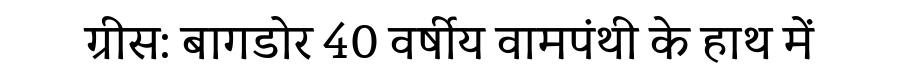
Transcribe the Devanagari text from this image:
ग्रीस: बागडोर 40 वर्षीय वामपंथी के हाथ में